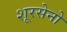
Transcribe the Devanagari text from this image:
शूरसेनो